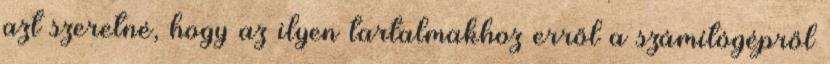
azt szeretné, hogy az ilyen tartalmakhoz erről a számítógépről